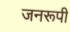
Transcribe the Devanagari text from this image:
जनरूपी